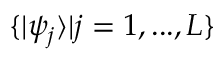
\{ | \psi _ { j } \rangle | j = 1 , . . . , L \}